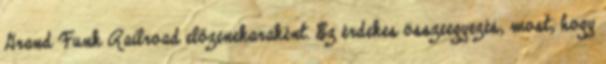
Grand Funk Railroad előzenekaraként. Ez érdekes összeegyezés, most, hogy